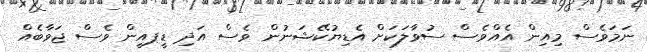
ނަމަވެސް މިއިން އެއްވެސް ސުވާލަކަށް އެޑިޔުކޭޝަނުން ވެސް އަދި ޑީޕއީން ވެސް ޖަވާބެއް